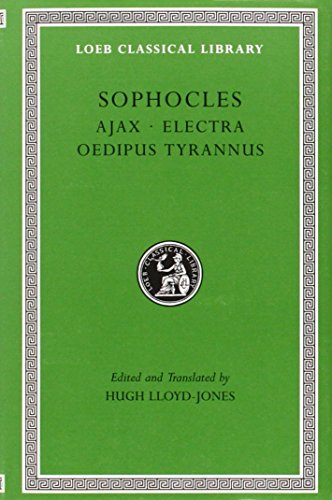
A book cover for Sophocles, Volume I. Ajax. Electra. Oedipus Tyrannus (Loeb Classical Library No. 20); Sophocles; Literature & Fiction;